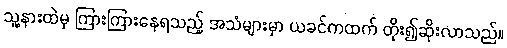
သူ့နားထဲမှ ကြားကြားနေရသည့် အသံများမှာ ယခင်ကထက် တိုး၍ဆိုးလာသည်။